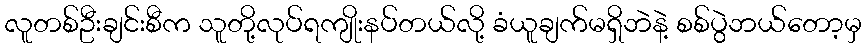
လူတစ်ဦးချင်းစီက သူတို့လုပ်ရကျိုးနပ်တယ်လို့ ခံယူချက်မရှိဘဲနဲ့ စစ်ပွဲဘယ်တော့မှ